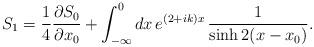
LaTeX: \begin{align*}S_{1}=\frac{1}{4} \frac{\partial S_{0}}{\partial x_{0}}+\int_{-\infty}^{0}dx\,e^{(2+ik)x}\,\frac{1}{\sinh 2(x-x_{0})}.\end{align*}